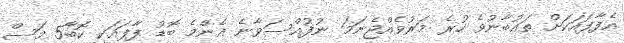
އެފާފައަކަށް ތައުބާނުވެ ހުރެ މަރުވެއްޖެނަމަ ނުފުއްސަވާނެ އެންމެ ބޮޑު ފާފައަކީ ކޮބާ5 މަސް